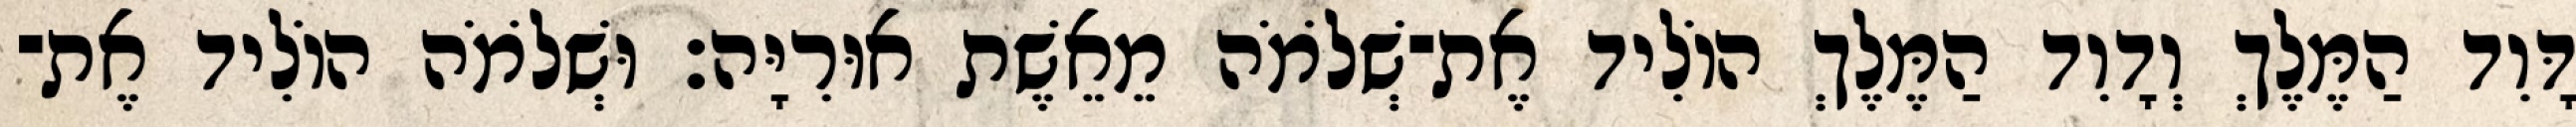
דָּוִד הַמֶּלֶךְ וְדָוִד הַמֶּלֶךְ הוֹלִיד אֶת־שְׁלֹמֹה מֵאֵשֶׁת אוּרִיָּה׃ וּשְׁלֹמֹה הוֹלִיד אֶת־